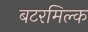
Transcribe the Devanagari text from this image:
बटरमिल्क